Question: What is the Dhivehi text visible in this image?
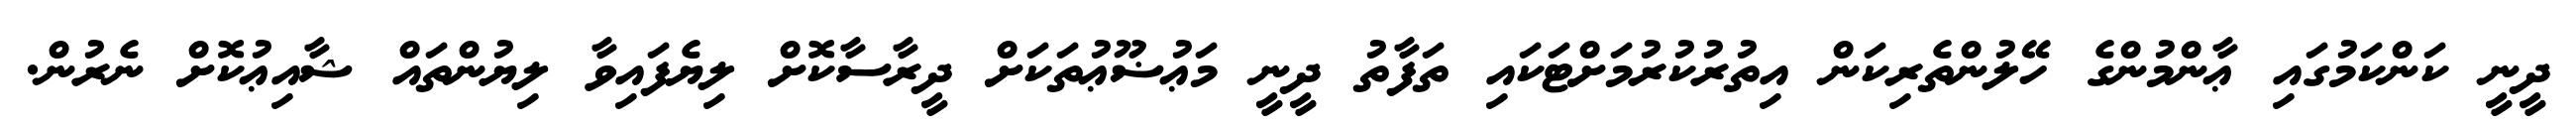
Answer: ދީނީ ކަންކަމުގައި ޢާންމުންގެ ހޭލުންތެރިކަން އިތުރުކުރުމަށްޓަކައި ތަފާތު ދީނީ މަޢުޟޫޢުތަކަށް ދީރާސާކޮށް ލިޔެފައިވާ ލިޔުންތައް ޝާއިޢުކޮށް ނެރުން.